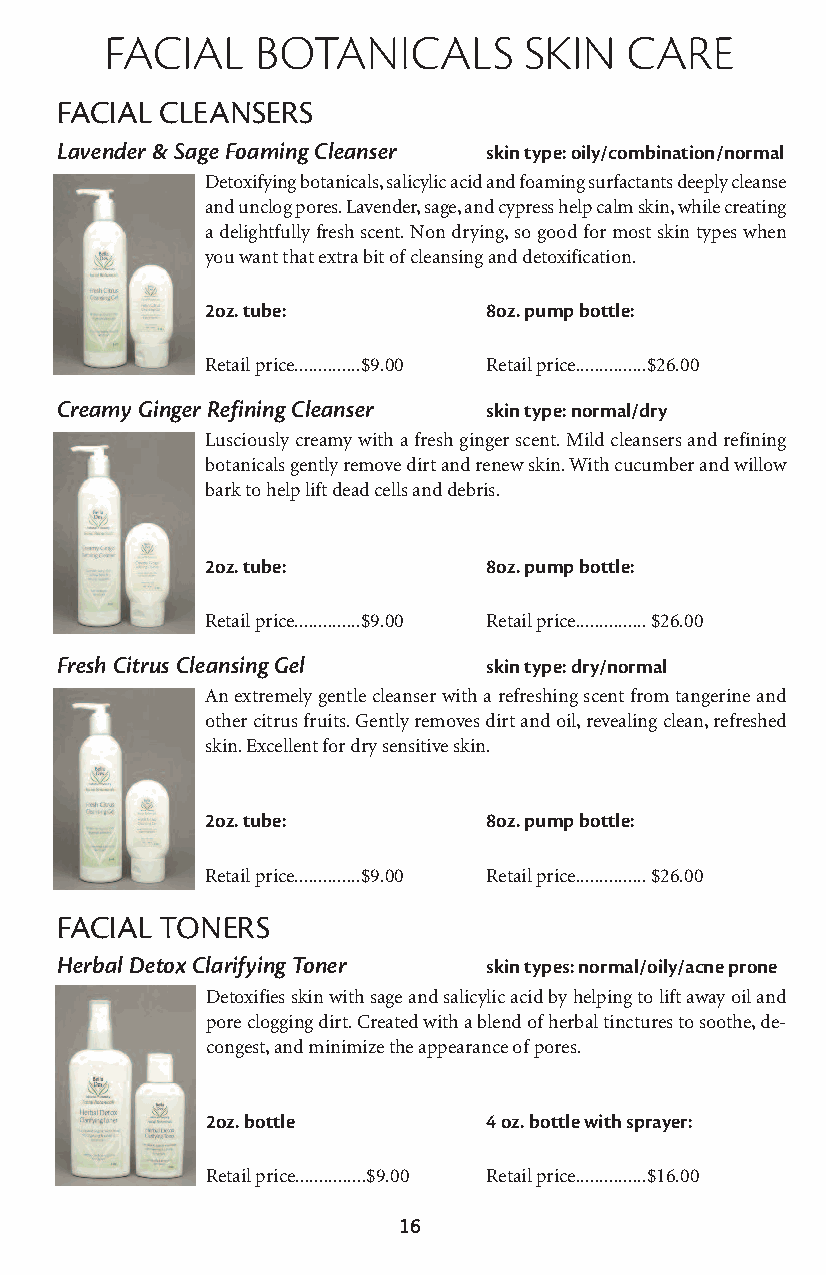
facial    botanicals        skin  care
 FACIAL CLEANSERS
 Lavender & Sage Foaming Cleanser skin type: oily/combination/normal
 Detoxifying botanicals, salicylic acid and foaming surfactants deeply cleanse
 and unclog pores. Lavender, sage, and cypress help calm skin, while creating
 a delightfully fresh scent. Non drying, so good for most skin types when
 you want that extra bit of cleansing and detoxification.
 2oz. tube:        8oz. pump bottle:
 Retail price..............$9.00 Retail price...............$26.00
 Creamy Ginger Refining Cleanser skin type: normal/dry
 Lusciously creamy with a fresh ginger scent. Mild cleansers and refining
 botanicals gently remove dirt and renew skin. With cucumber and willow
 bark to help lift dead cells and debris.
 2oz. tube:        8oz. pump bottle:
 Retail price..............$9.00 Retail price...............$26.00
 Fresh Citrus Cleansing Gel  skin type: dry/normal
 An extremely gentle cleanser with a refreshing scent from tangerine and
 other citrus fruits. Gently removes dirt and oil, revealing clean, refreshed
 skin. Excellent for dry sensitive skin.
 2oz. tube:        8oz. pump bottle:
 Retail price..............$9.00 Retail price...............$26.00
 FACIAL TONERS
 Herbal Detox Clarifying Toner skin types: normal/oily/acne prone
 Detoxifies skin with sage and salicylic acid by helping to lift away oil and
 pore clogging dirt. Created with a blend of herbal tinctures to soothe, de-
 congest, and minimize the appearance of pores.
 2oz. bottle       4 oz. bottle with sprayer:
 Retail price...............$9.00 Retail price...............$16.00
 16